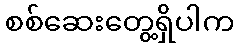
စစ်ဆေးတွေ့ရှိပါက